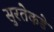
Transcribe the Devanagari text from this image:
सुरतेकडे